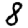
Digit: 8